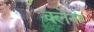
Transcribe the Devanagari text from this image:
क्लेनर